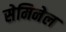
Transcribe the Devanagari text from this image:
सेमिनेल